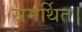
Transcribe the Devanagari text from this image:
समर्थित।